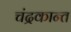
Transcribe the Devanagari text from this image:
चंद्रकान्त